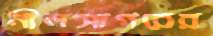
নীলসাগরের